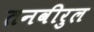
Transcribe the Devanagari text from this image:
तनवीरुल